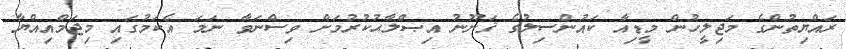
ރައްޔިތުންގެ މަޖިލީހުން މީޑިއާ ކައުންސިލުގެ ޤަނޫނު އިޞްލާޙުކުރުމަށް ވިސްނަވާ ނަމަ އެކަމުގައި މިޖަމްއިއްޔާ